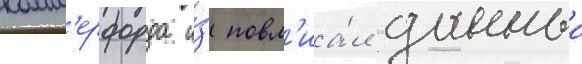
комм'ерфорда и́з повл'иа́л данныи